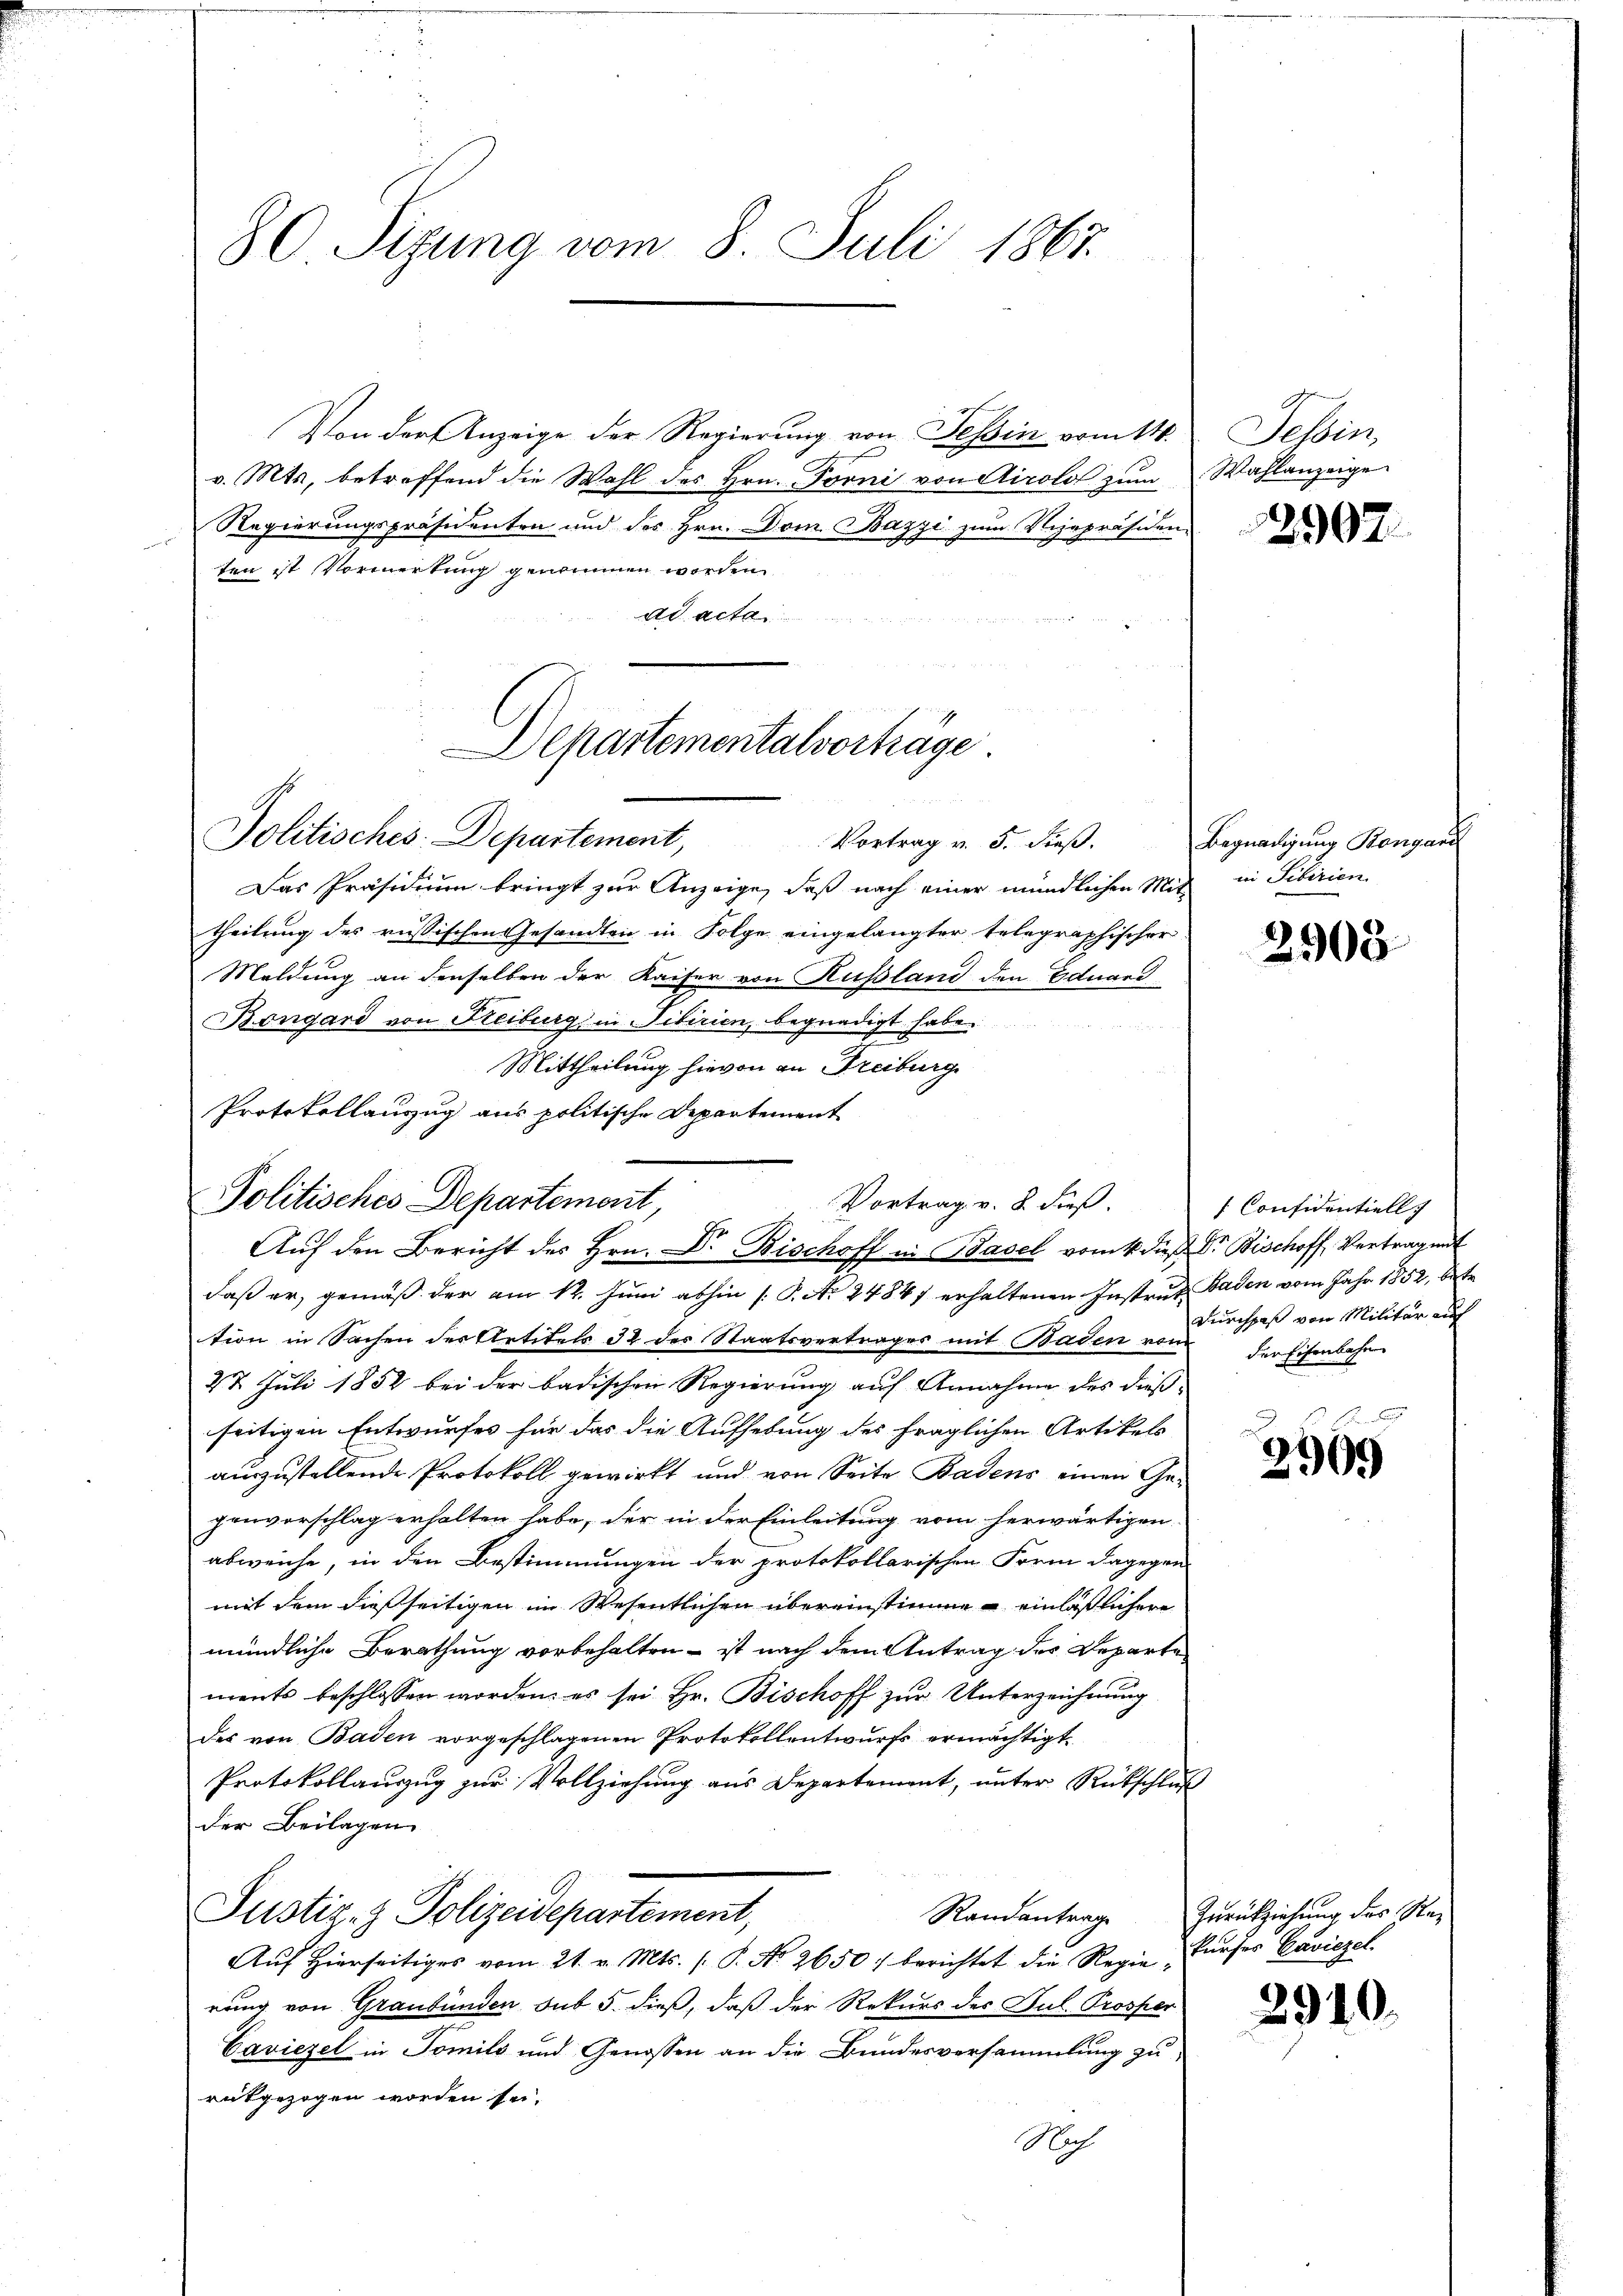
80. Situng vom 8. Juli 1867.

Von der Anzeige der Regierung von Tessin vom 14. Tessin,
v. Mts. betreffend die Wahl des Hrn. Forni von Airolo zum Wahlanzeige
Regierungspräsidenten und des Hrn. Dom Bazzi zum Vizepräsiden-
ten ist Vormerkung genommen worden
ad acta

Departementalvorträge

Politisches Departement
Aŭf den Bericht des Hrn. Dr Bischoff in Basel vom 4. dieß, Dr. Bischoff, Vertrag mit

Vortrag v. 8. dieß.

Politisches Departement,
Vortrag v. 3. Fieβ.
Das Präsidium bringt zur Anzeige, daß nach einer mündlichen Mit-
theilung des russischen Gesandten in Folge eingelangter telegraphischer
Maldung an denselben der Kaiser von Russland den Eduard
Bongard von Freiburg in Tibirien, begnadigt habe.
Mittheilung hievon an Freiburg
Protokollanzug aus politische Departement
daß er, gemäß der am 12. Juni abhin [P. Nr. 24847 erhaltenen Instrut Baden vom Jahr 1852, betr
tion in Sachen der Aetitels 32 des Staatsvertrages mit Baden vom
22 Juli 1852 bei der badischen Regierung auf Annahme des dieß-
seitigen Entwurfes für das die Aufhebung des fraglichen Artikels
auszustellende Protokoll gewirkt und von Seite Badens einen Gegenvorschlag erhalten habe, der in der Einleitung vom herwärtigen
abweiche, in den Bestimmungen der protokollarischen Form dagegen
mit dem dießseitigen im Wesentlichen übereinstimme einläßlichere
mündliche Berathung vorbehalten - ist nach dem Antrag des Departe
ments beschlossen worden, es sei Hr. Bischoff zur Unterzeichnung
des von Baden vorgeschlagenen Protokollentwurfs ermächtigt.
Protokollauszug zur Vollziehung aus Departement, unter Rückschluß
der Beilagen
Justiz- & Polizeidepartement,
Randantrag
Aŭf Hierseitiges vom 21. v. Mts. (T. No 2650. berichtet die Regiekŭrses Caviezel
rung von Graubünden sub 5. dieß, daß der Rekurs des Jul. Prosper
Caviezel in Tomils und Genossen an die Bundesversammlung zu
rutgezogen worden sei.
Nach

2907

Begnadigung Bongari
in Sibirien

2908.

[Confidentiell
Durchpaß von Militär auch
der Eisenbahn

2909

Zurückziehung des Ra¬

291

.